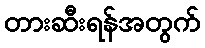
တားဆီးရန်အတွက်